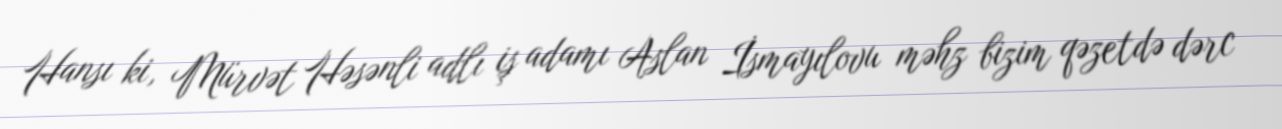
Hansı ki, Mürvət Həsənli adlı iş adamı Aslan İsmayılovu məhz bizim qəzetdə dərc